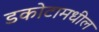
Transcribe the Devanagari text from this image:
डकोटामधील